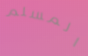
المسلم